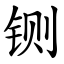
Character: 铡